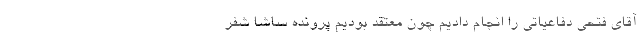
آقای فتحی دفاعیاتی را انجام دادیم چون معتقد بودیم پرونده ساشا شفر